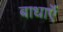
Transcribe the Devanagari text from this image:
बाधाऍं